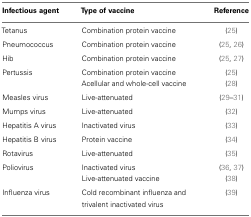
<table><thead><tr><td><b>Infectious agent</b></td><td><b>Type of vaccine</b></td><td><b>Reference</b></td></tr></thead><tbody><tr><td>Tetanus</td><td>Combination protein vaccine</td><td>(25)</td></tr><tr><td>Pneumococcus</td><td>Combination protein vaccine</td><td>(25, 26)</td></tr><tr><td>Hib</td><td>Combination protein vaccine</td><td>(25, 27)</td></tr><tr><td>Pertussis</td><td>Combination protein vaccine</td><td>(25)</td></tr><tr><td></td><td>Acellular and whole-cell vaccine</td><td>(28)</td></tr><tr><td>Measles virus</td><td>Live-attenuated</td><td>(29–31)</td></tr><tr><td>Mumps virus</td><td>Live-attenuated</td><td>(32)</td></tr><tr><td>Hepatitis A virus</td><td>Inactivated virus</td><td>(33)</td></tr><tr><td>Hepatitis B virus</td><td>Protein vaccine</td><td>(34)</td></tr><tr><td>Rotavirus</td><td>Live-attenuated</td><td>(35)</td></tr><tr><td>Poliovirus</td><td>Inactivated virus</td><td>(36, 37)</td></tr><tr><td></td><td>Live-attenuated vaccine</td><td>(38)</td></tr><tr><td>Influenza virus</td><td>Cold recombinant influenza and trivalent inactivated virus</td><td>(39)</td></tr></tbody></table>